Mental hospitals Bombay report 1921-28 - 1921-1928
Year: 1921
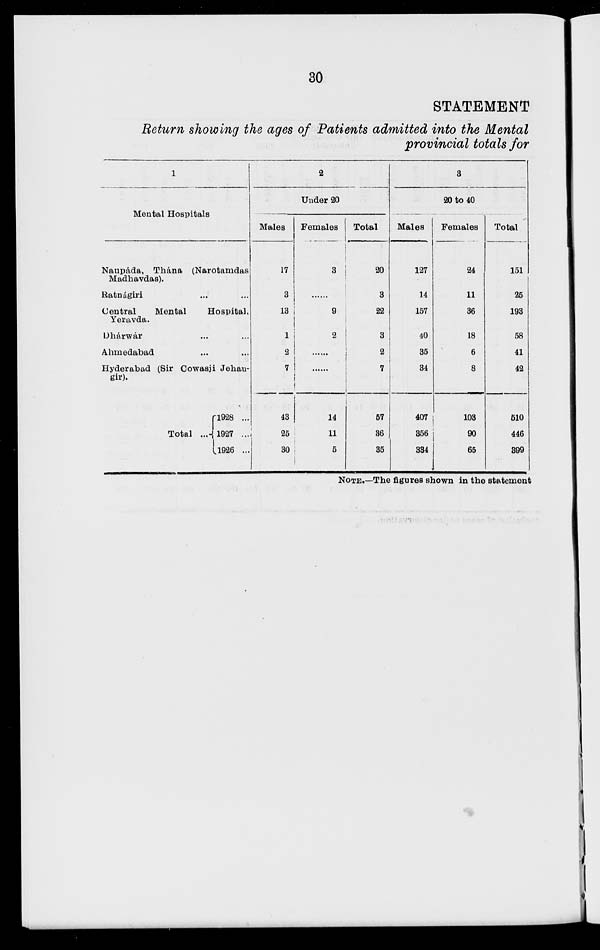
30
STATEMENT
Return showing the ages of Patients admitted into the Mental
provincial totals for
1
Mental Hospitals
Naupáda, Thána (Narotamdas
Madhavdas).
Ratnágiri ... ...
Central
Mental
Hospital,
Yeravda.
Dhárwar ... ...
Ahmedabad ... ...
Hyderabad (Sir Cowasji Jehan-
gir).
Total
...
1928 ...
1927 ...
1926 ...
2
Under 20
Males
17
3
13
1
2
7
43
25
30
Females
3
......
9
2
......
......
14
11
5
Total
20
3
22
3
2
7
57
36
35
3
20 to 40
Males
127
14
157
40
35
34
407
356
334
Females
24
11
36
18
6
8
103
90
65
Total
151
25
193
58
41
42
510
446
399
NOTE.—The figures shown in the statement